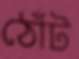
ঠোঁট